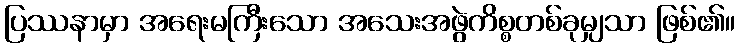
ပြဿနာမှာ အရေးမကြီးသော အသေးအဖွဲကိစ္စတစ်ခုမျှသာ ဖြစ်၏။